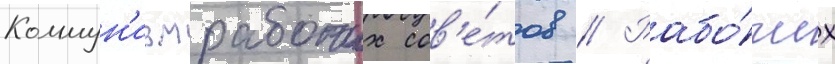
Коммун'измрабочих сов'е́тов // Рабо́чих